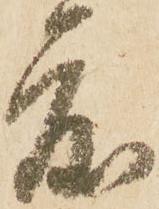
度